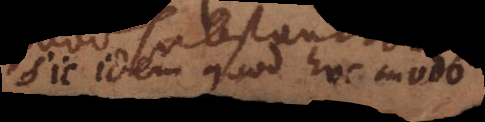
sic idem quod hoc modo